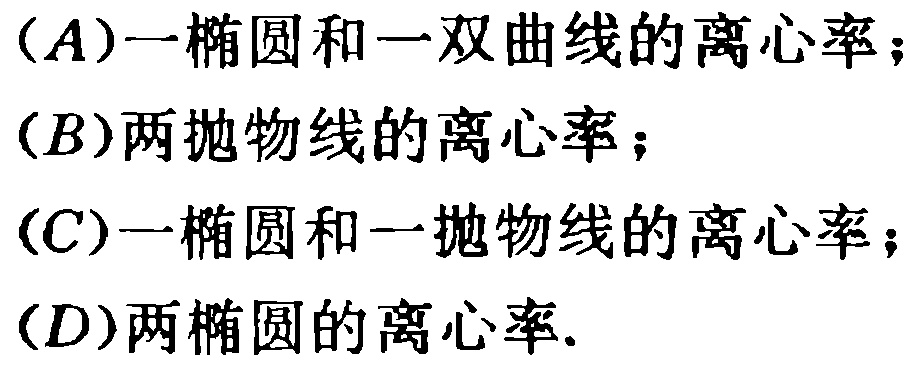
(A)一椭圆和一双曲线的离心率；
(B)两抛物线的离心率；
(C)一椭圆和一抛物线的离心率；
(D)两椭圆的离心率.